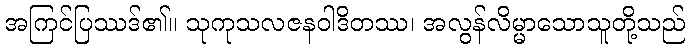
အကြင်ပြဿဒ်၏။ သုကုသလဇနဝါဒိတဿ၊ အလွန်လိမ္မာသောသူတို့သည်